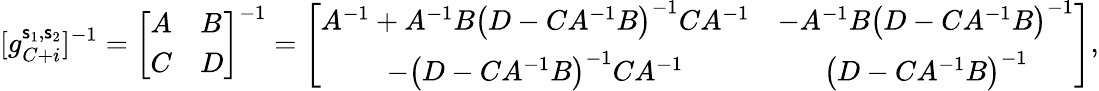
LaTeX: [g_{C+i}^{\mathsf{s}_{1},\mathsf{s}_{2}}]^{-1}=\left[\begin{array}{ll}{A}&{B}\\ {C}&{D}\end{array}\right]^{-1}=\left[\begin{array}{cc}{A^{-1}+A^{-1}B\left(D-CA^{-1}B\right)^{-1}CA^{-1}}&{-A^{-1}B\left(D-CA^{-1}B\right)^{-1}}\\ {-\left(D-CA^{-1}B\right)^{-1}CA^{-1}}&{\left(D-CA^{-1}B\right)^{-1}}\end{array}\right],